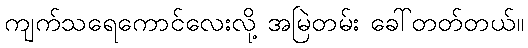
ကျက်သရေကောင်လေးလို့ အမြဲတမ်း ခေါ်တတ်တယ်။